Report of the Indian Hemp Drugs Commission, 1894-1895 - Volume VII
Year: 1894
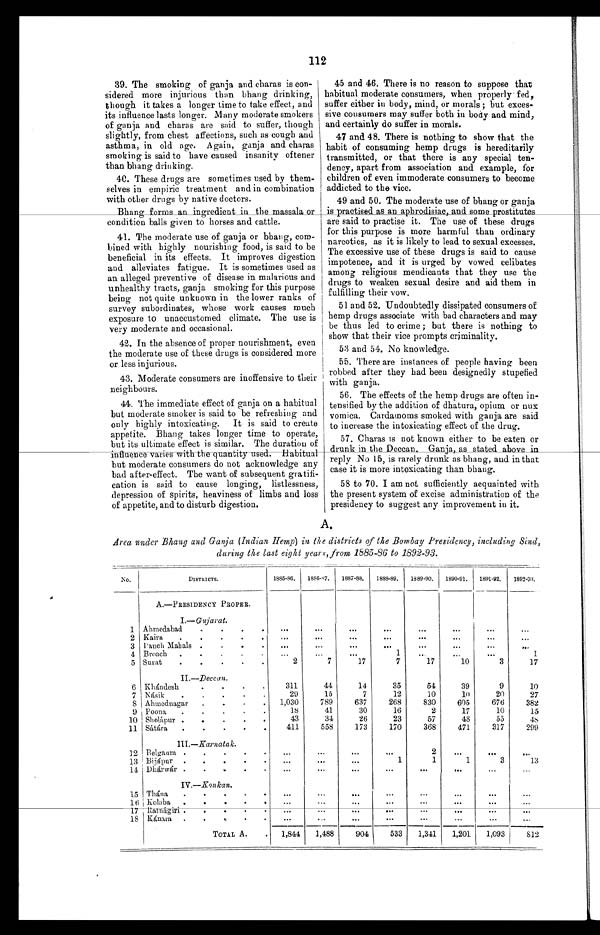
112
39. The smoking of ganja and charas is con-
sidered more injurious than bhang drinking,
though it takes a longer time to take effect, and
its influence lasts longer. Many moderate smokers
of ganja and charas are said to suffer, though
slightly, from chest affections, such as cough and
asthma, in old age. Again, ganja and charas
smoking is said to have caused insanity oftener
than bhang drinking.
40. These drugs are sometimes used by them-
selves in empiric treatment and in combination
with other drugs by native doctors.
Bhang forms an ingredient in the massala or
condition balls given to horses and cattle.
41. The moderate use of ganja or bhang, com-
bined with highly nourishing food, is said to be
beneficial in its effects. It improves digestion
and alleviates fatigue. It is sometimes used as
an alleged preventive of disease in malarious and
unhealthy tracts, ganja smoking for this purpose
being not quite unknown in the lower ranks of
survey subordinates, whose work causes much
exposure to unaccustomed climate. The use is
very moderate and occasional.
42. In the absence of proper nourishment, even
the moderate use of these drugs is considered more
or less injurious.
43. Moderate consumers are inoffensive to their
neighbours.
44. The immediate effect of ganja on a habitual
but moderate smoker is said to be refreshing and
only highly intoxicating. It is said to create
appetite. Bhang takes longer time to operate,
but its ultimate effect is similar. The duration of
influence varies with the quantity used. Habitua
l b u t m o d e r a t e c o n s u m e r s d o n o t a c k n o w l e d g e a n y
bad after-effect. The want of subsequent gratifi-
cation is said to cause longing, listlessness,
depression of spirits, heaviness of limbs and loss
of appetite, and to disturb digestion.
45 and 46. There is no reason to suppose that
habitual moderate consumers, when properly fed,
suffer either in body, mind, or morals ; but exces-
sive consumers may suffer both in body and mind,
and certainly do suffer in morals.
47 and 48. There is nothing to show that the
habit of consuming hemp drugs is hereditarily
transmitted, or that there is any special ten-
dency, apart from association and example, for
children of even immoderate consumers to become
addicted to the vice.
49 and 50. The moderate use of bhang or ganja
is practised as an aphrodisiac, and some prostitutes
are said to practise it. The use of these drugs
for this purpose is more harmful than ordinary
narcotics, as it is likely to lead to sexual excesses.
The excessive use of these drugs is said to cause
impotence, and it is urged by vowed celibates
among religious mendicants that they use the
drugs to weaken sexual desire and aid them in
fulfilling their vow.
51 and 52. Undoubtedly dissipated consumers of
hemp drugs associate with bad characters and may
be thus led to crime ; but there is nothing to
show that their vice prompts criminality.
53 and 54. No knowledge.
55. There are instances of people having been
robbed after they had been designedly stupefied
with ganja.
56. The effects of the hemp drugs are often in-
tensified by the addition of dhatura, opium or nux
v o mi c a . C a r d a mo ms s mo k e d wi t h g a n j a a r e s a i d
to increase the intoxicating effect of the drug.
57. Charas is not known either to be eaten or
drunk in the Deccan. Ganja, as stated above in
reply No 15, is rarely drunk as bhang, and in that
case it is more intoxicating than bhang.
58 to 70. I am not sufficiently acquainted with
the present system of excise administration of the
presidency to suggest any improvement in it.
A.
Area under Bhang and Ganja (Indian Hemp) in the districts of the Bombay Presidency, including Sind,
during the last eight years, from 1885-86 to 1892-93.
No.
D I S T R I C T S .
1885-86.
1886-87. 1887-88.
1888-89. 1889-90. 1890-91. 1891-92. 1892-93.
A.—PRESIDENCY PROPER.
I.—Gujarat.
1 Ahmedabad
2
Kaira
3
P a n c h M a h a l s
4 Broach
1
1
5 Surat.
2
7
17
7
17
10
3
17
II .—Deccan.
6 Khándesh
311
44
14
35
54
39
9
10
7 Násik
29
15
7
12
10
10
20
27
8 Ahmednagar
1,030
789
637
268
830
605
676
382
9 Poona
18
41
30
16
2
17
10
15
10 Sholápur
43
34
26
23
57
48
55
48
11 Sátára
411
558
173
170
368
471
317
299
I I I
. — K a r n a t a k .
12
Belgaum
2
13 Bijápur
1
1
1
3
13
14 Dhárwár
I V . — K o n k a n .
15 Thána
16 Kolaba.
17
Ratnágiri
18 Kánara
TOTAL A.
1,844
1,488
904
533
1,341
1,201
1,093
812